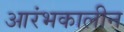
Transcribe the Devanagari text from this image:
आरंभकालीन